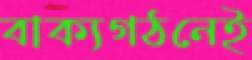
বাক্যগঠনেই